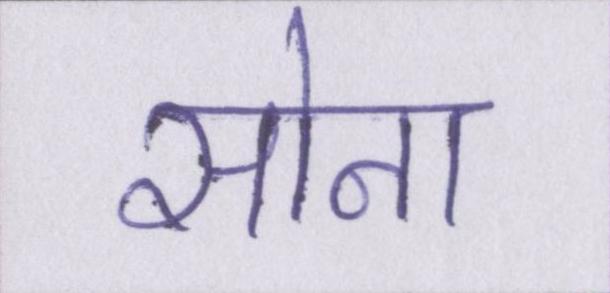
सोना